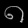
Digit: ၈